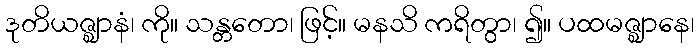
ဒုတိယဇ္ဈာနံ၊ ကို။ သန္တတော၊ ဖြင့်။ မနသိ ကရိတွာ၊ ၍။ ပထမဇ္ဈာနေ၊